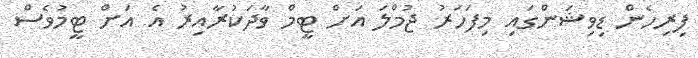
ފިރިހެން ޑިވިޝަންގައި މިފަހަރު ޖުމްލަ އަށް ޓީމް ވާދަކުރާއިރު އެ އަށް ޓީމުވެސް